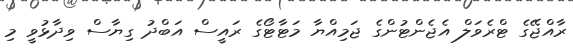
ރާއްޖޭގެ ޓްރެވަލް އެޖެންޓުންގެ ޖަމިއްޔާ މަޓާޓޯގެ ރައީސް އަބްދު ގިޔާސް ވިދާޅުވީ މި